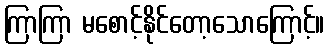
ကြာကြာ မစောင့်နိုင်တော့သောကြောင့်။